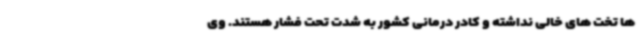
ها تخت های خالی نداشته و کادر درمانی کشور به شدت تحت فشار هستند. وی